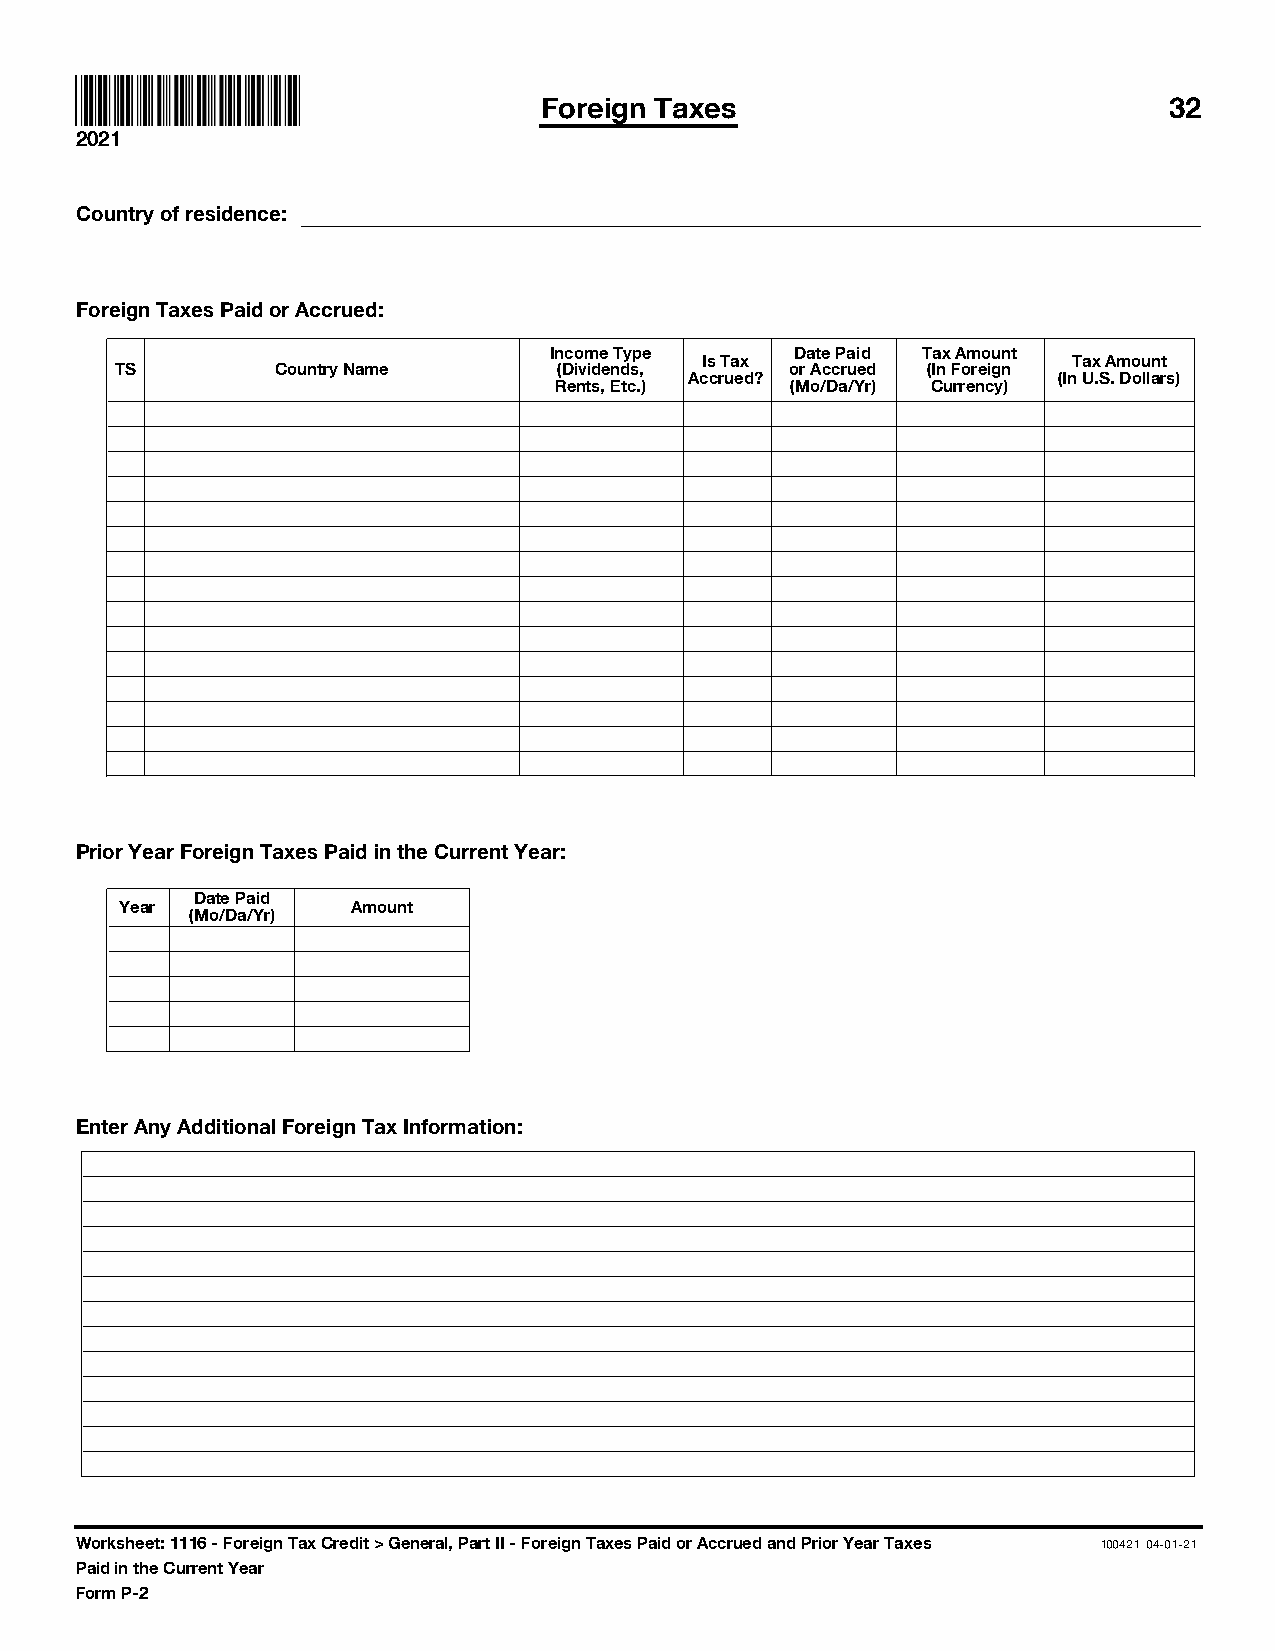
Foreign Taxes                            32
 2021
 Country of residence:
 Foreign Taxes Paid or Accrued:
 Income Type      Date Paid Tax Amount
 Is Tax                  Tax Amount
 TS        Country Name       (Dividends,    or Accrued (In Foreign
 Accrued?                (In U.S. Dollars)
 Rents, Etc.)   (Mo/Da/Yr) Currency)
 Prior Year Foreign Taxes Paid in the Current Year:
 Date Paid
 Year           Amount
 (Mo/Da/Yr)
 Enter Any Additional Foreign Tax Information:
 Worksheet: 1116 - Foreign Tax Credit > General, Part II - Foreign Taxes Paid or Accrued and Prior Year Taxes 100421 04-01-21
 Paid in the Current Year
 Form P-2